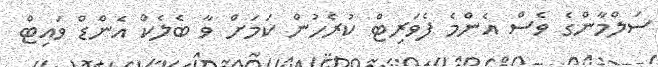
ސަލްމާންގެ ވެސް އެންމެ ފެވަރިޓް ކުރެހުން ކަމަށް ވާ ބެލެކް އެންޑް ވައިޓް